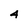
Character: 4